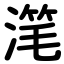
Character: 滗